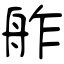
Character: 舴